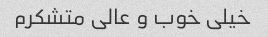
خیلی خوب و عالی متشکرم